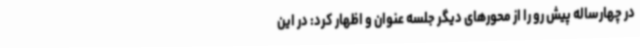
در چهارساله پیش رو را از محورهای دیگر جلسه عنوان و اظهار کرد: در این